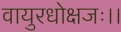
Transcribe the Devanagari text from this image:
वायुरधोक्षजः।।